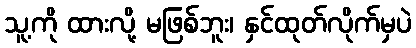
သူ့ကို ထားလို့ မဖြစ်ဘူး၊ နှင်ထုတ်လိုက်မှပဲ